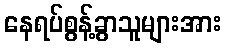
နေရပ်စွန့်ခွာသူများအား